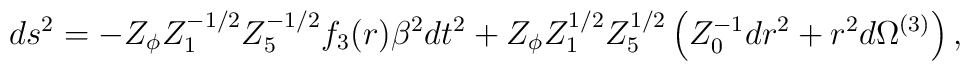
ds^2 = - Z_{\phi} Z_1^{-1/2}Z_5^{-1/2} f_3 (r)  \beta^2 dt^2 + Z_{\phi} Z_1^{1/2}Z_5^{1/2}\left(Z_0^{-1} dr^2+ r^2 d\Omega^{(3)} \right),